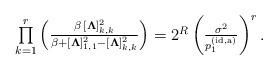
LaTeX: \begin{align*}\textstyle\prod\limits_{k=1}^{r} \left(\frac{\beta\,[\boldsymbol{\Lambda}]_{k,k}^2}{\beta+[\boldsymbol{\Lambda}]_{1,1}^2-[\boldsymbol{\Lambda}]_{k,k}^2}\right)=2^{{R}}\left(\frac{\sigma^2}{p_1^{(\rm id,a)}}\right)^{r}.\end{align*}